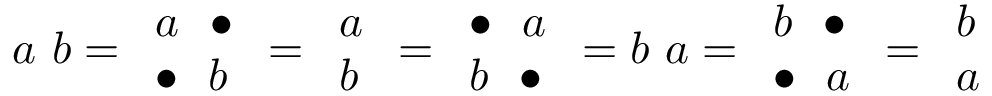
a \ b = { \begin{array} { l } { a \ \ \bullet } \\ { \bullet \ \ b } \end{array} } = { \begin{array} { l } { a } \\ { b } \end{array} } = { \begin{array} { l } { \bullet \ \ a } \\ { b \ \ \bullet } \end{array} } = b \ a = { \begin{array} { l } { b \ \ \bullet } \\ { \bullet \ \ a } \end{array} } = { \begin{array} { l } { b } \\ { a } \end{array} }